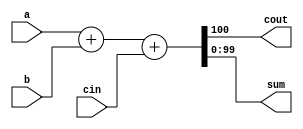
//100-bit binary adder
module top_module( 
    input [99:0] a, b,
    input cin,
    output cout,
    output [99:0] sum );
    
    assign {cout,sum} = a + b + cin;

endmodule